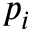
p _ { i }